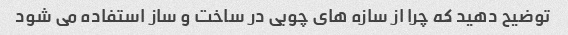
توضیح دهید که چرا از سازه های چوبی در ساخت و ساز استفاده می شود